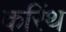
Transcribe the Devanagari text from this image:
करिंथ